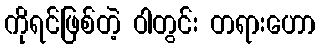
ကိုရင်ဖြစ်တဲ့ ဝါတွင်း တရားဟော